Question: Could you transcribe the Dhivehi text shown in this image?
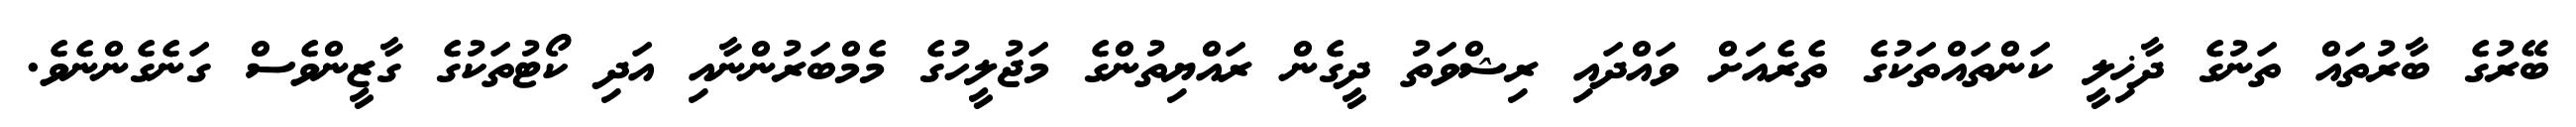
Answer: ބޭރުގެ ބާރުތައް ތަނުގެ ދާޚިލީ ކަންތައްތަކުގެ ތެރެއަށް ވައްދައި ރިޝްވަތު ދީގެން ރައްޔިތުންގެ މަޖުލީހުގެ މެމްބަރުންނާއި އަދި ކޯޓުތަކުގެ ގާޒީންވެސް ގަނެގެންނެވެ.